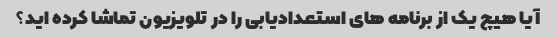
آیا هیچ یک از برنامه های استعدادیابی را در تلویزیون تماشا کرده اید؟